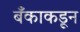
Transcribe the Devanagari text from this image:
बँकाकडून